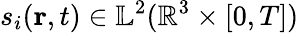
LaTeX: s_{i}(\textbf{r},t)\in\mathbb{L}^{2}(\mathbb{R}^{3}\times[0,T])